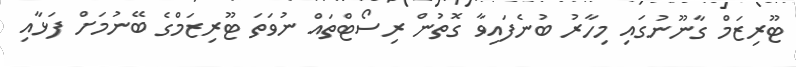
ޓޫރިޒަމް ގާނޫނުގައި މިހާރު ބުނެފައިވާ ގޮތުން ރިސޯޓްތައް ނުވަތަ ޓޫރިޒަމްގެ ބޭނުމަށް ފަޅާއި